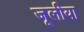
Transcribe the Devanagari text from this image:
जूलीया